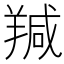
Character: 羬